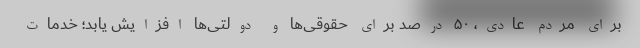
برای مردم عادی، ۵۰ درصد برای حقوقی‌ها و دولتی‌ها افزایش یابد؛ خدمات